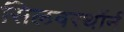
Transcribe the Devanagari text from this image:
सिलवरथॉर्न